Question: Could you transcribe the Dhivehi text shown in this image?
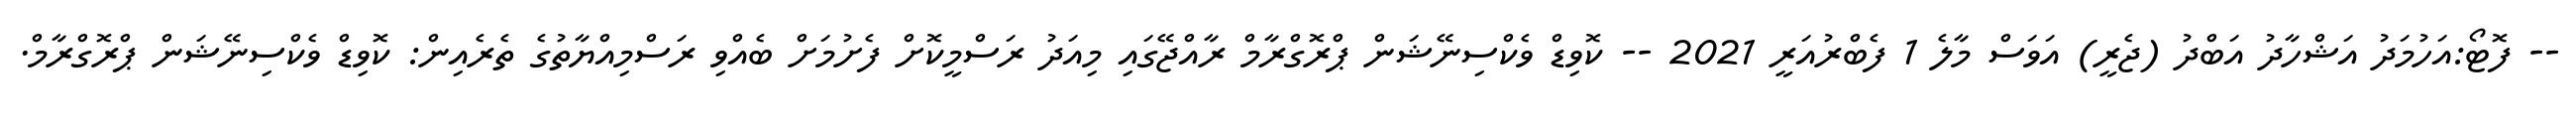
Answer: -- ފޮޓޯ:އަހުމަދު އަޝްހާދު އަބްދު (ޖެރީ) އަވަސް މާލެ 1 ފެބްރުއަރީ 2021 -- ކޮވިޑް ވެކްސިނޭޝަން ޕްރޮގްރާމް ރާއްޖޭގައި މިއަދު ރަސްމީކޮށް ފެށުމަށް ބެއްވި ރަސްމިއްޔާތުގެ ތެރެއިން: ކޮވިޑް ވެކްސިނޭޝަން ޕްރޮގްރާމް.